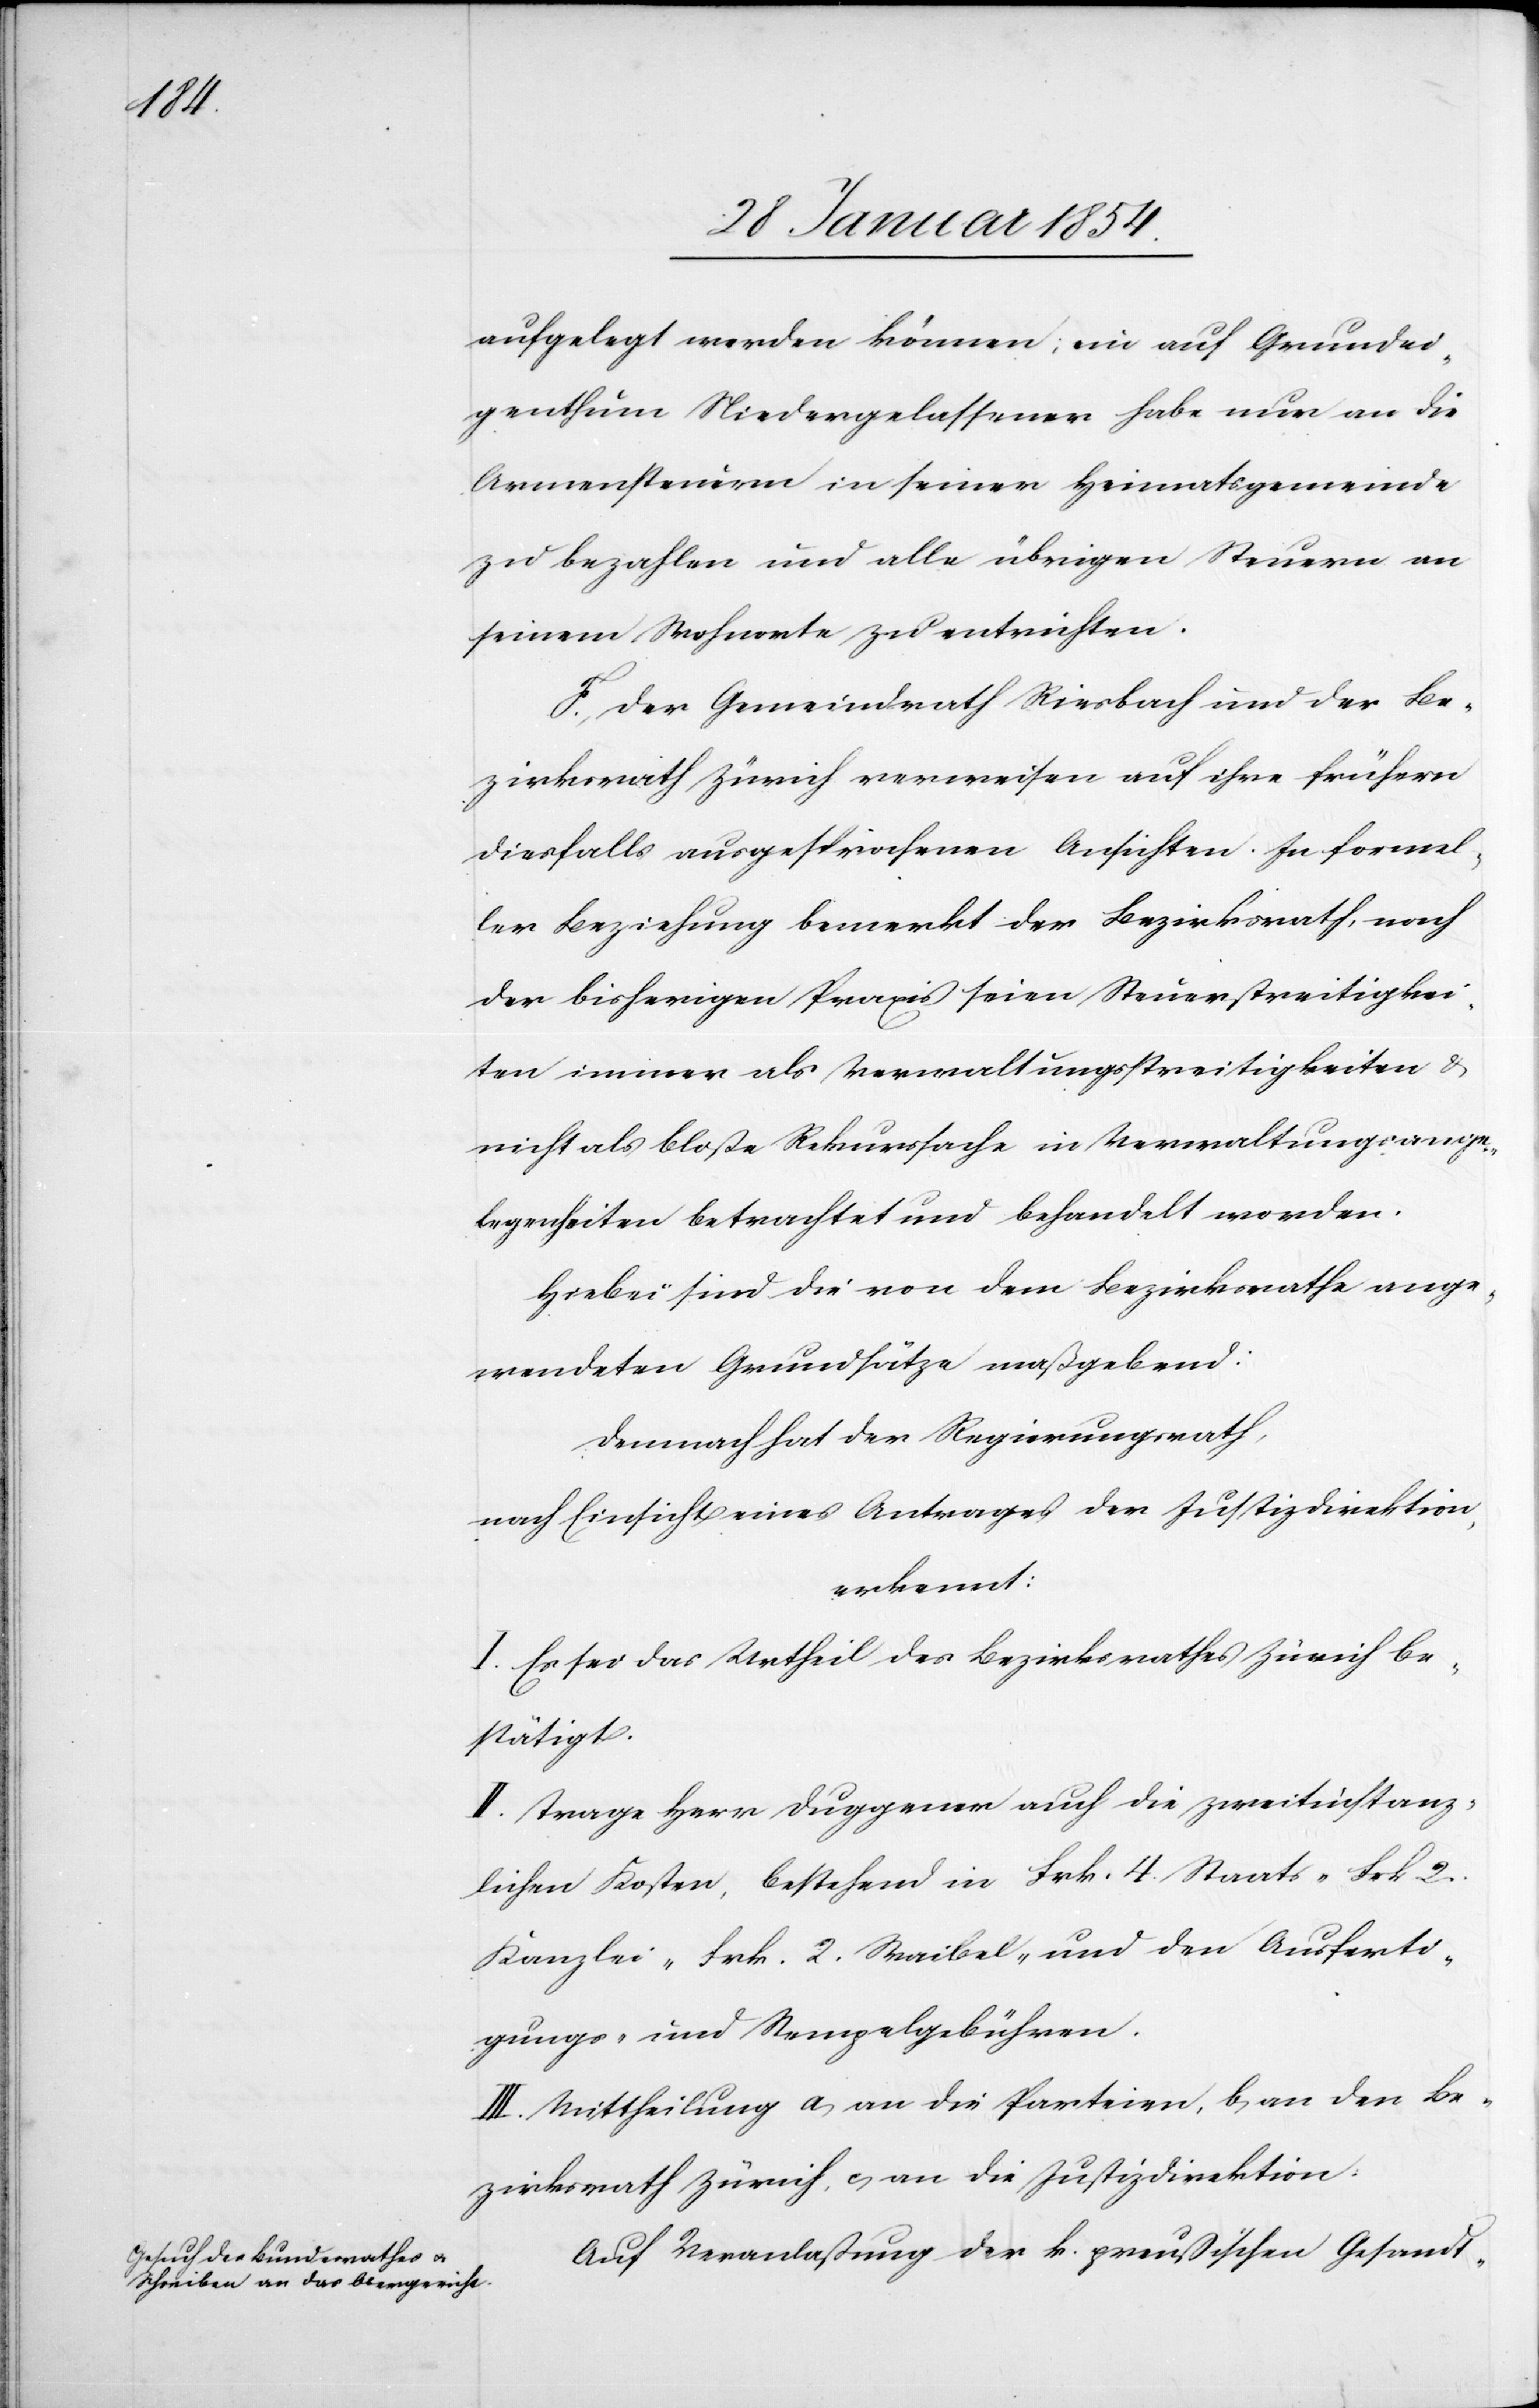
aufgelegt werden können; ein auf Gemeindei¬
genthum Niedergelassener habe nur an die
Armensteuern in seiner Heimatsgemeinde
zu bezahlen und alle übrigen Steuern an
seinem Wohnort zu entrichten.
F. Der Gemeindrath Riesbach und der Be¬
zirksrath Zürich verweisen auf ihre frühern
diesfalls ausgesprochenen Ansichten. In formel¬
ler Beziehung bemerkt der Bezirksrath, nach
der bisherigen Praxis seien Steuerstreitigkei¬
ten immer als Verwaltungsstreitigkeiten,
nicht als bloße Rekurssache in Verwaltungsange¬
legenheiten betrachtet und behandelt worden.
Hiebei sind die von dem Bezirksrathe ange¬
wendeten Grundsätze maßgebend:
Demnach hat der Regierungsrath,
nach Einsicht eines Antrages der Justizdirektion,
erkennt:
I. Es sei das Urtheil des Bezirksrathes Zürich be¬
stätigt.
II. Trage Herr Duggener auch die zweitinstanz¬
lichen Kosten, bestehend in Frk. 4. Staats-[,] Frk 2.
Kanzlei-[,] Frk. 2. Waibel- und den Ausferti¬
gungs- und Stempelgebühren.
III. Mittheilung a) an die Parteien, b) an den Be¬
zirksrath Zürich, c) an die Justizdirektion.
Auf Veranlaßung der k. preußischen Gesandt-